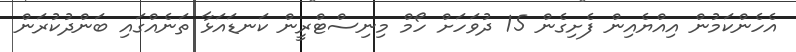
އެހެންކަމުން އިއްޔެއިން ފެށިގެން 15 ދުވަހަށް ހޯމް މިނިސްޓްރީން ކަނޑައަޅާ ތަނެއްގައި ބަންދުކުރަަން